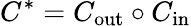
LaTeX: C^{*}=C_{\mathrm{out}}\circ C_{\mathrm{in}}